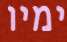
ימיו